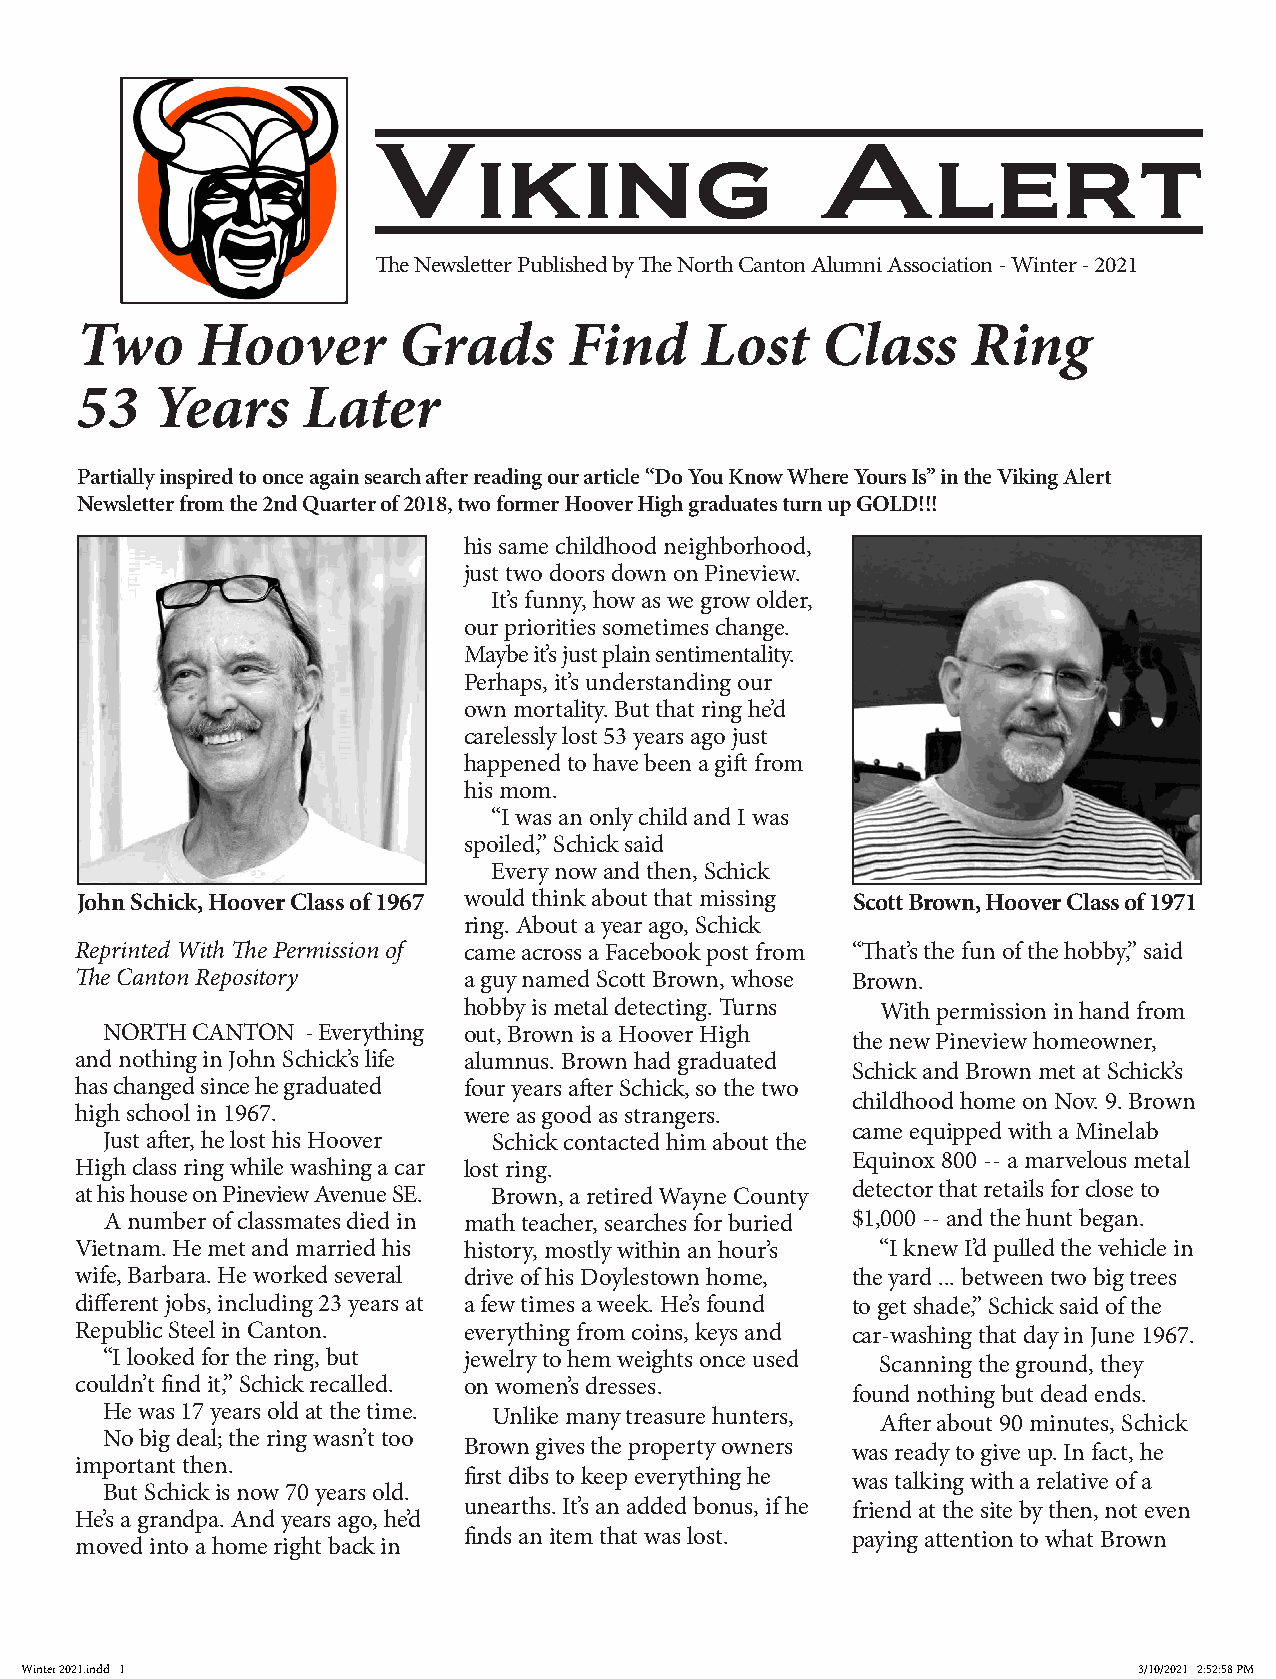
Viking                       Alert
 The Newsletter Published by The North Canton Alumni Association - Winter - 2021
 Two     Hoover       Grads       Find    Lost    Class     Ring
 53   Years     Later
 Partially inspired to once again search after reading our article “Do You Know Where Yours Is” in the Viking Alert
 Newsletter from the 2nd Quarter of 2018, two former Hoover High graduates turn up GOLD!!!
 his same childhood neighborhood,
 just two doors down on Pineview.
 It’s funny, how as we grow older,
 our priorities sometimes change.
 Maybe it’s just plain sentimentality.
 Perhaps, it’s understanding our
 own mortality. But that ring he’d
 carelessly lost 53 years ago just
 happened to have been a gift from
 his mom.
 “I was an only child and I was
 spoiled,” Schick said
 Every now and then, Schick
 John Schick, Hoover Class of 1967 would think about that missing Scott Brown, Hoover Class of 1971
 ring. About a year ago, Schick
 Reprinted With The Permission of came across a Facebook post from “That’s the fun of the hobby,” said
 The Canton Repository     a guy named Scott Brown, whose Brown.
 hobby is metal detecting. Turns With permission in hand from
 NORTH CANTON - Everything out, Brown is a Hoover High
 the new Pineview homeowner,
 and nothing in John Schick’s life alumnus. Brown had graduated
 Schick and Brown met at Schick’s
 has changed since he graduated four years after Schick, so the two
 childhood home on Nov. 9. Brown
 high school in 1967.      were as good as strangers.
 came equipped with a Minelab
 Just after, he lost his Hoover Schick contacted him about the
 Equinox 800 -- a marvelous metal
 High class ring while washing a car lost ring.
 at his house on Pineview Avenue SE. Brown, a retired Wayne County detector that retails for close to
 A number of classmates died in math teacher, searches for buried $1,000 -- and the hunt began.
 Vietnam. He met and married his history, mostly within an hour’s “I knew I’d pulled the vehicle in
 wife, Barbara. He worked several drive of his Doylestown home, the yard ... between two big trees
 different jobs, including 23 years at a few times a week. He’s found to get shade,” Schick said of the
 Republic Steel in Canton. everything from coins, keys and car-washing that day in June 1967.
 “I looked for the ring, but jewelry to hem weights once used Scanning the ground, they
 couldn’t find it,” Schick recalled. on women’s dresses.
 found nothing but dead ends.
 He was 17 years old at the time. Unlike many treasure hunters,
 After about 90 minutes, Schick
 No big deal; the ring wasn’t too
 Brown gives the property owners was ready to give up. In fact, he
 important then.
 first dibs to keep everything he was talking with a relative of a
 But Schick is now 70 years old.
 unearths. It’s an added bonus, if he friend at the site by then, not even
 He’s a grandpa. And years ago, he’d
 finds an item that was lost. paying attention to what Brown
 moved into a home right back in
 Winter 2021.indd 1                                                        3/10/2021 2:52:58 PM